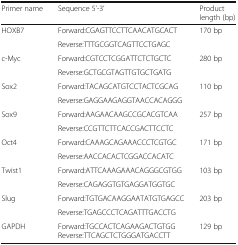
<table><thead><tr><td><b>Primer name</b></td><td><b>Sequence 5’-3’</b></td><td><b>Product length (bp)</b></td></tr></thead><tbody><tr><td>HOXB7</td><td>Forward:CGAGTTCCTTCAACATGCACT</td><td>170 bp</td></tr><tr><td>[EMPTY_CELL]</td><td>Reverse:TTTGCGGTCAGTTCCTGAGC</td><td>[EMPTY_CELL]</td></tr><tr><td>c-Myc</td><td>Forward:CGTCCTCGGATTCTCTGCTC</td><td>280 bp</td></tr><tr><td>[EMPTY_CELL]</td><td>Reverse:GCTGCGTAGTTGTGCTGATG</td><td>[EMPTY_CELL]</td></tr><tr><td>Sox2</td><td>Forward:TACAGCATGTCCTACTCGCAG</td><td>110 bp</td></tr><tr><td>[EMPTY_CELL]</td><td>Reverse:GAGGAAGAGGTAACCACAGGG</td><td>[EMPTY_CELL]</td></tr><tr><td>Sox9</td><td>Forward:AAGAACAAGCCGCACGTCAA</td><td>257 bp</td></tr><tr><td>[EMPTY_CELL]</td><td>Reverse:CCGTTCTTCACCGACTTCCTC</td><td>[EMPTY_CELL]</td></tr><tr><td>Oct4</td><td>Forward:CAAAGCAGAAACCCTCGTGC</td><td>171 bp</td></tr><tr><td>[EMPTY_CELL]</td><td>Reverse:AACCACACTCGGACCACATC</td><td>[EMPTY_CELL]</td></tr><tr><td>Twist1</td><td>Forward:ATTCAAAGAAACAGGGCGTGG</td><td>103 bp</td></tr><tr><td>[EMPTY_CELL]</td><td>Reverse:CAGAGGTGTGAGGATGGTGC</td><td>[EMPTY_CELL]</td></tr><tr><td>Slug</td><td>Forward:TGTGACAAGGAATATGTGAGCC</td><td>203 bp</td></tr><tr><td>[EMPTY_CELL]</td><td>Reverse:TGAGCCCTCAGATTTGACCTG</td><td>[EMPTY_CELL]</td></tr><tr><td>GAPDH</td><td>Forward:TGCCACTCAGAAGACTGTGGReverse:TTCAGCTCTGGGATGACCTT</td><td>129 bp</td></tr></tbody></table>